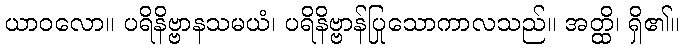
ယာဝလော။ ပရိနိဗ္ဗာနသမယံ၊ ပရိနိဗ္ဗာန်ပြုသောကာလသည်။ အတ္ထိ၊ ရှိ၏။